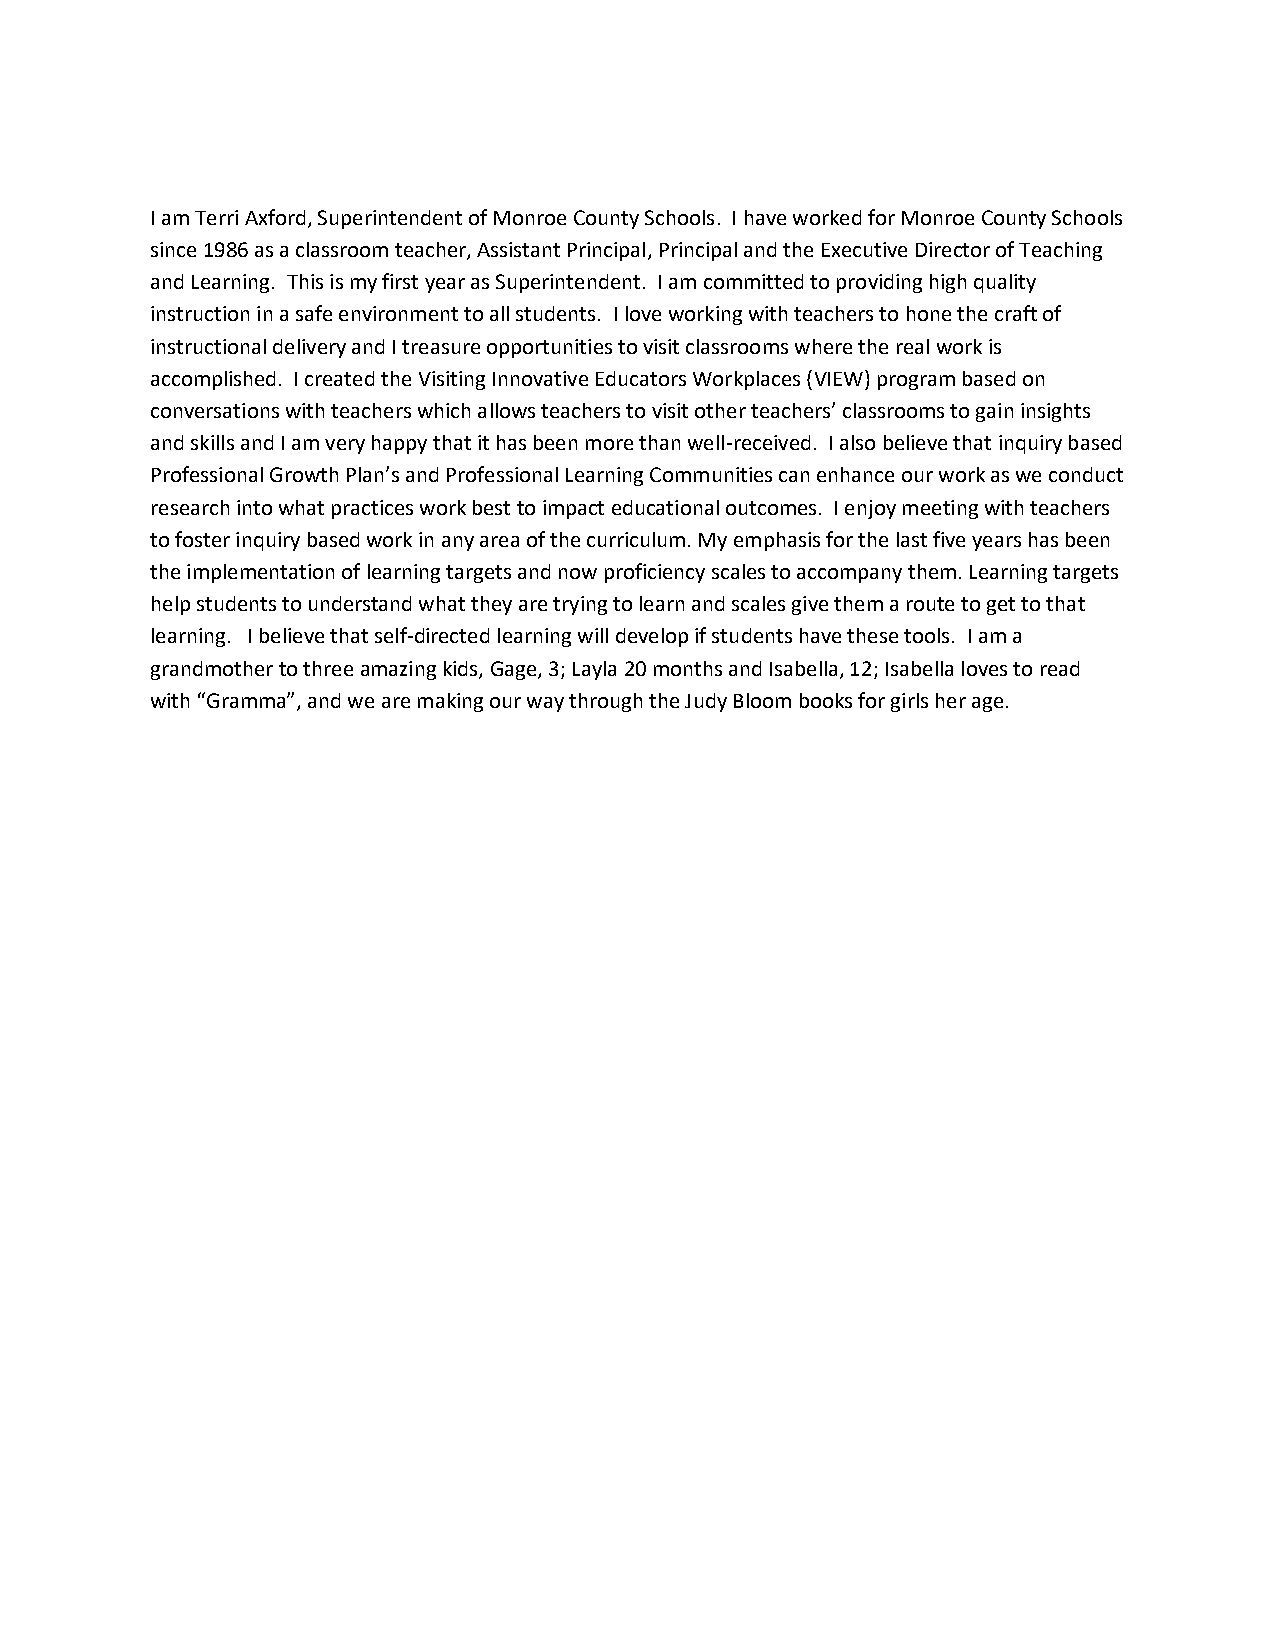
I am Terri Axford, Superintendent of Monroe County Schools. I have worked for Monroe County Schools
 since 1986 as a classroom teacher, Assistant Principal, Principal and the Executive Director of Teaching
 and Learning. This is my first year as Superintendent. I am committed to providing high quality
 instruction in a safe environment to all students. I love working with teachers to hone the craft of
 instructional delivery and I treasure opportunities to visit classrooms where the real work is
 accomplished. I created the Visiting Innovative Educators Workplaces (VIEW) program based on
 conversations with teachers which allows teachers to visit other teachers’ classrooms to gain insights
 and skills and I am very happy that it has been more than well-received. I also believe that inquiry based
 Professional Growth Plan’s and Professional Learning Communities can enhance our work as we conduct
 research into what practices work best to impact educational outcomes. I enjoy meeting with teachers
 to foster inquiry based work in any area of the curriculum. My emphasis for the last five years has been
 the implementation of learning targets and now proficiency scales to accompany them. Learning targets
 help students to understand what they are trying to learn and scales give them a route to get to that
 learning. I believe that self-directed learning will develop if students have these tools. I am a
 grandmother to three amazing kids, Gage, 3; Layla 20 months and Isabella, 12; Isabella loves to read
 with “Gramma”, and we are making our way through the Judy Bloom books for girls her age.